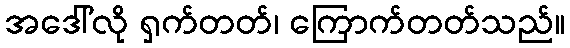
အဒေါ်လို ရှက်တတ်၊ ကြောက်တတ်သည်။